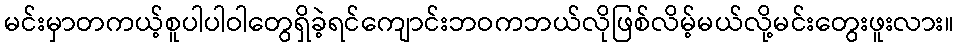
မင်းမှာတကယ့်စူပါပါဝါတွေရှိခဲ့ရင်ကျောင်းဘဝကဘယ်လိုဖြစ်လိမ့်မယ်လို့မင်းတွေးဖူးလား။